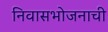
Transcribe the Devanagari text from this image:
निवासभोजनाची